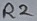
Text: R2